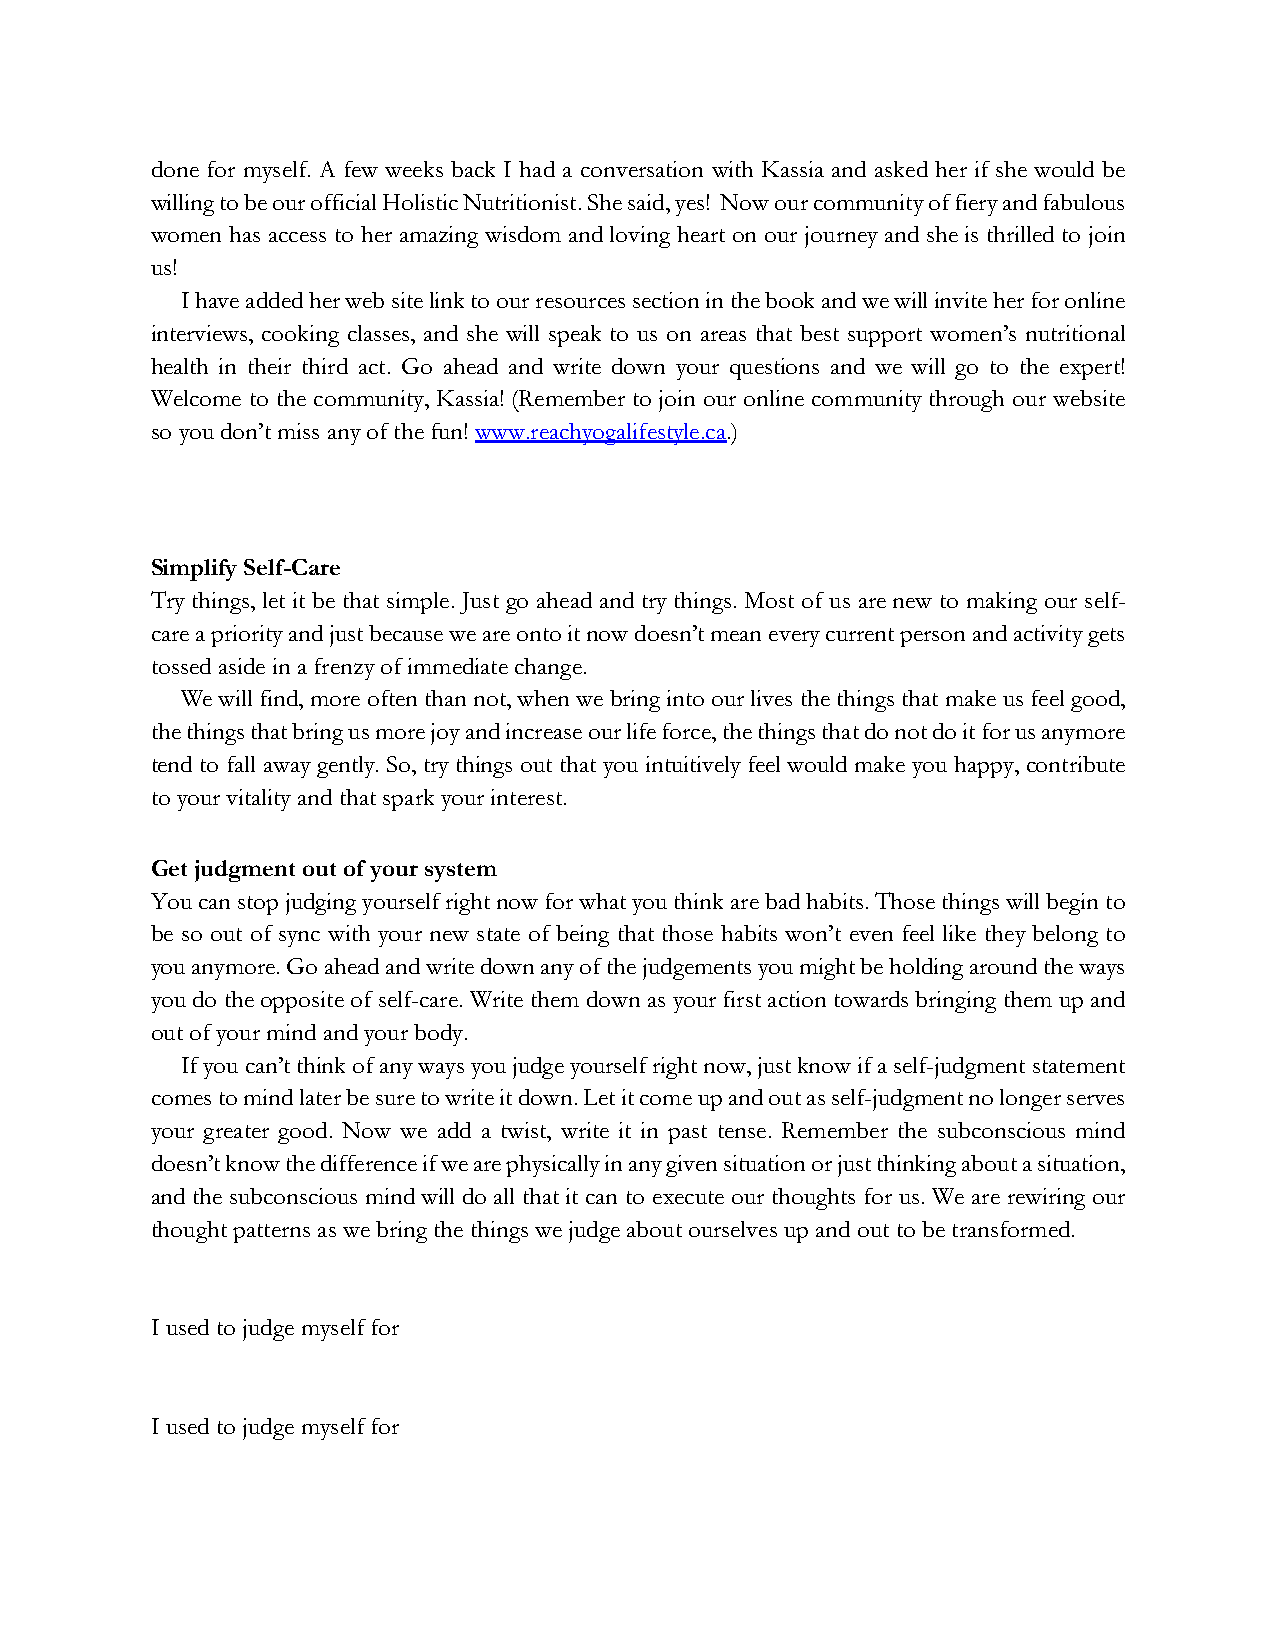
done for myself. A few weeks back I had a conversation with Kassia and asked her if she would be
 willing to be our official Holistic Nutritionist. She said, yes! Now our community of fiery and fabulous
 women has access to her amazing wisdom and loving heart on our journey and she is thrilled to join
 us!
 I have added her web site link to our resources section in the book and we will invite her for online
 interviews, cooking classes, and she will speak to us on areas that best support women’s nutritional
 health in their third act. Go ahead and write down your questions and we will go to the expert!
 Welcome to the community, Kassia! (Remember to join our online community through our website
 so you don’t miss any of the fun! www.reachyogalifestyle.ca.)
 Simplify Self-Care
 Try things, let it be that simple. Just go ahead and try things. Most of us are new to making our self-
 care a priority and just because we are onto it now doesn’t mean every current person and activity gets
 tossed aside in a frenzy of immediate change.
 We will find, more often than not, when we bring into our lives the things that make us feel good,
 the things that bring us more joy and increase our life force, the things that do not do it for us anymore
 tend to fall away gently. So, try things out that you intuitively feel would make you happy, contribute
 to your vitality and that spark your interest.
 Get judgment out of your system
 You can stop judging yourself right now for what you think are bad habits. Those things will begin to
 be so out of sync with your new state of being that those habits won’t even feel like they belong to
 you anymore. Go ahead and write down any of the judgements you might be holding around the ways
 you do the opposite of self-care. Write them down as your first action towards bringing them up and
 out of your mind and your body.
 If you can’t think of any ways you judge yourself right now, just know if a self-judgment statement
 comes to mind later be sure to write it down. Let it come up and out as self-judgment no longer serves
 your greater good. Now we add a twist, write it in past tense. Remember the subconscious mind
 doesn’t know the difference if we are physically in any given situation or just thinking about a situation,
 and the subconscious mind will do all that it can to execute our thoughts for us. We are rewiring our
 thought patterns as we bring the things we judge about ourselves up and out to be transformed.
 I used to judge myself for
 I used to judge myself for